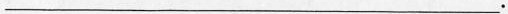
___.